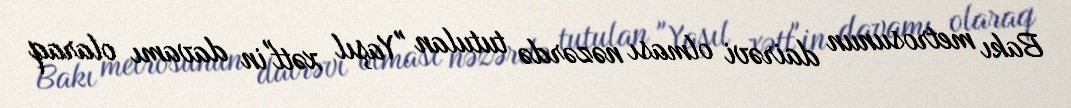
Bakı metrosunun dairəvi olması nəzərdə tutulan "Yaşıl xətt"in davamı olaraq